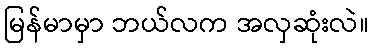
မြန်မာမှာ ဘယ်လက အလှဆုံးလဲ။